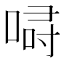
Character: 𠷲